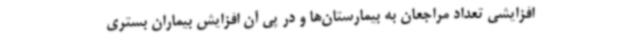
افزایشی تعداد مراجعان به بیمارستان‌ها و در پی آن افزایش بیماران بستری